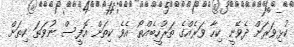
ކުޅިވަރަށް ދެވޭނީ ކިހާ ވަރެއްގެ ތަރުހީބެއްތޯ އެވެ ކިތަށް އޮފީސް ނުވަތަ ކިތަށް